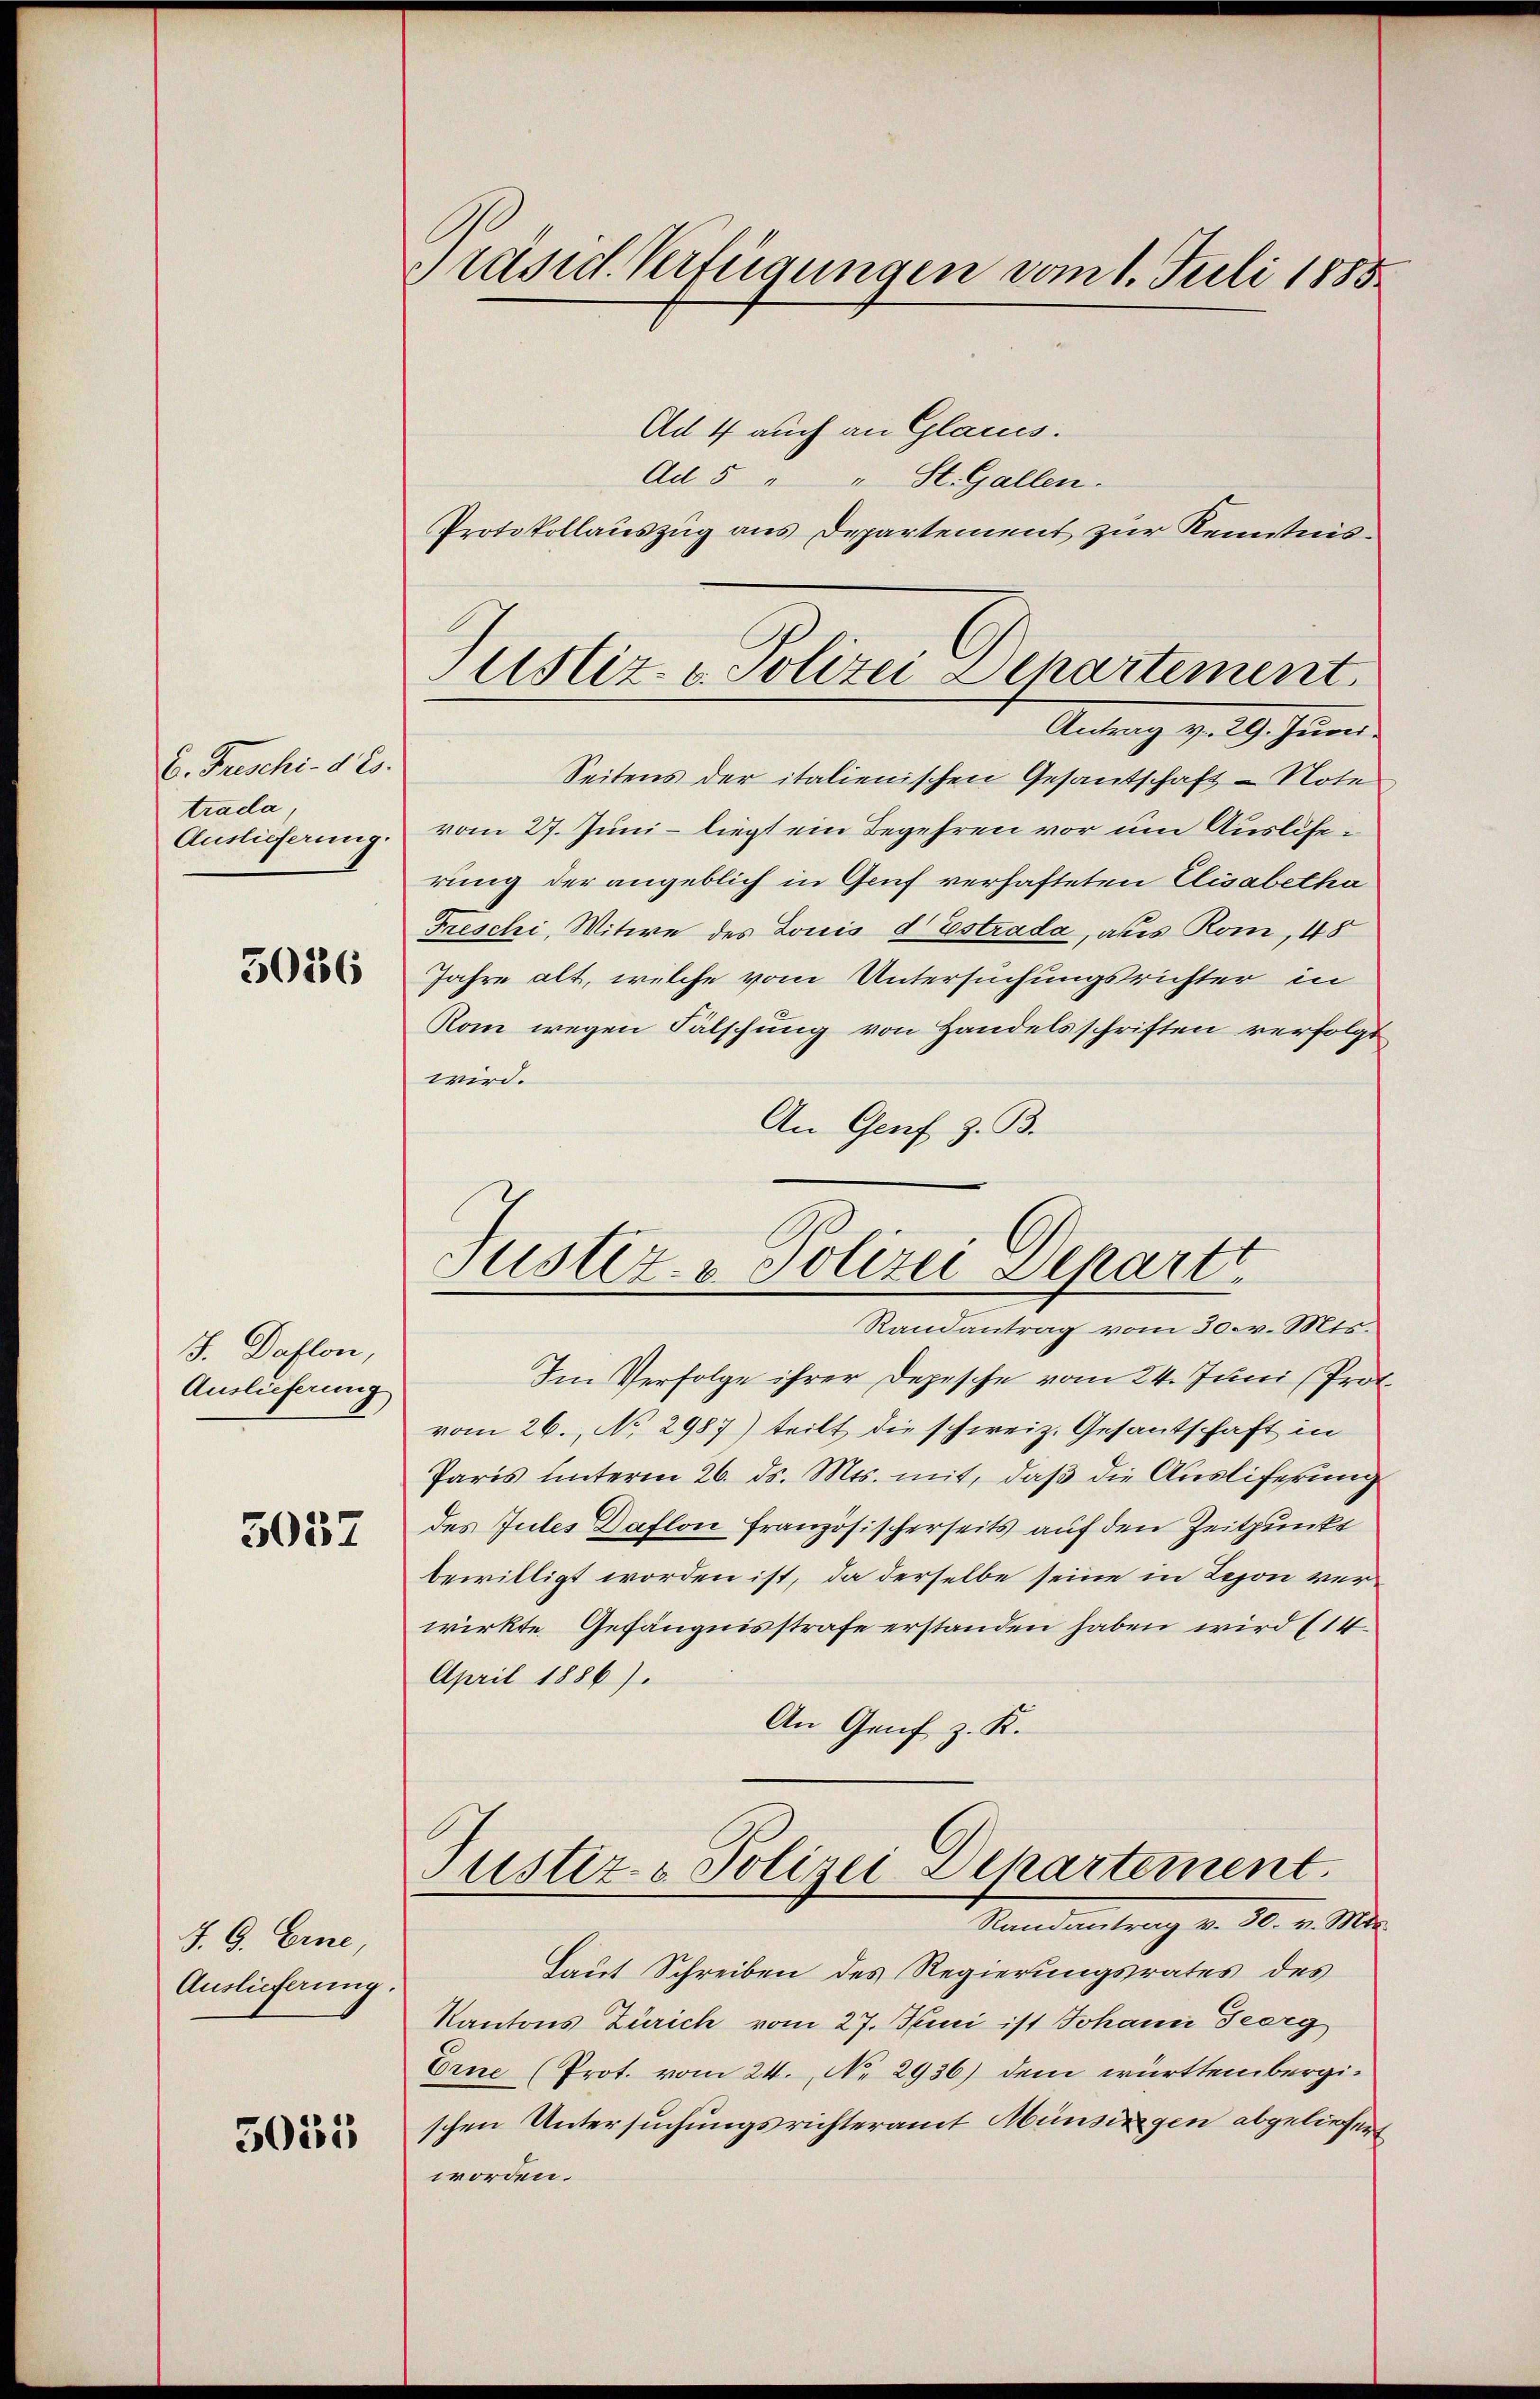
E. Freschi. d. Es
trada,
Auslieferung.

3036

J. Daflon,
Auslieferung

3057

J. G. Eine,
Auslieferung.

5055

Präsid. Verfügungen vom 1. Juli 1885.

Ad 4 auch an Glarus.
Ad 5 " " St. Gallen.
Protokollauszug aus Departement zur Kenntnis-
Antrag v. 29. Juni.
Seitens der italienischen Gesandschaft - Note
vom 27. Juni - liegt ein Begehren vor um Auslöserung der angeblich in Gruf verhafteten Elisabetha
Freschi, Witwe des Louis d Estrada, aus Rom, 48
Jahre alt, welche vom Untersuchungsrichter in
Rom wegen Fälschung von Handelsschriften verfolgt
wird.
An Genf z. B.
Randantrag vom 30. v. Mts.
Im Verfolge ihrer Depesche vom 24. Juni (Prot.
vom 26. No 2987) teilt die schweiz. Gesantschaft in
Paris unterm 26. ds. Mts. mit, daß die Ausliferung
des Jules Daflon französischerseits auf den Zeitpunkt
bewilligt worden ist, da derselbe seine in Leon verwirkte Gefängnisstrafe erstanden haben wird (14
April 1886).
An Genf z. K.
Justiz- & Polizei Departement.
Randantrag v. 30. v. Mts.
Laut Schreiben des Regierungsrates des
Kantons Zürich vom 27. Juni ist Johann Feerg
Erne (Prot. vom 24. No. 2936) dem württembergischen Untersuchungsrichteramt Münsingen abgeliefert
worden.

Justiz- & Polizei Departement.

6
Justiz- & Polizei Departt